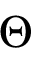
\boldsymbol { \Theta }